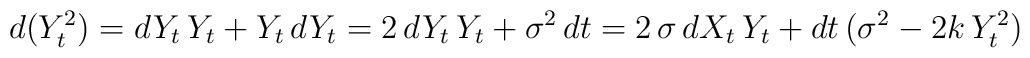
d(Y_t^2) = dY_t \, Y_t + Y_t \, dY_t = 2 \, dY_t \, Y_t   + \sigma^2 \, dt = 2 \, \sigma \, dX_t \, Y_t   + dt \, (\sigma^2 - 2 k \, Y_t^2)